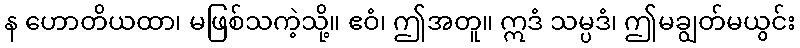
န ဟောတိယထာ၊ မဖြစ်သကဲ့သို့။ ဧဝံ၊ ဤအတူ။ ဣဒံ သမ္ပဒံ၊ ဤမချွတ်မယွင်း